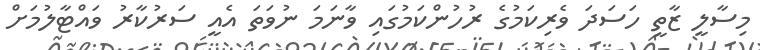
މިސާލީ ޒާތީ ހަސަދަ ވެރިކަމުގެ ރުހުންކަމުގައި ވާނަމަ ނުވަތަ އެއީ ސަރުކާރު ވައްޓާލުމަށް